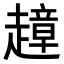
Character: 𧽣